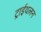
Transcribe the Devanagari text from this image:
ट्राईथलन